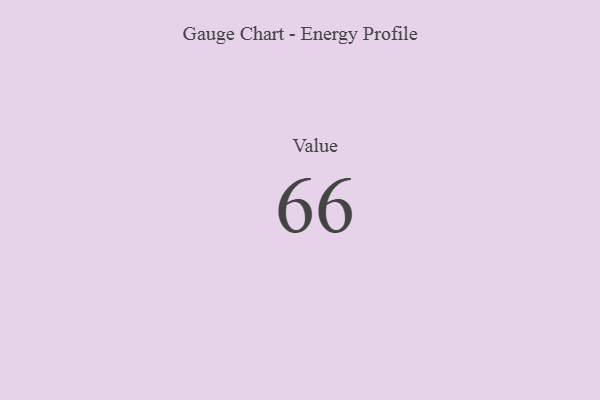
{"axis": {"x": "Metric", "y": "Value"}, "legend": [""], "data": [{"x": "Value", "y": 66, "type": ""}]}